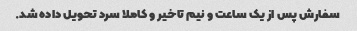
سفارش پس از یک ساعت و نیم تاخیر و کاملا سرد تحویل داده شد.